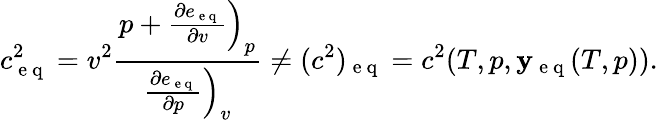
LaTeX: c_{\mathrm{~e~q~}}^{2}=v^{2}\frac{p+\left.\frac{\partial e_{\mathrm{~e~q~}}}{\partial v}\right)_{p}}{\left.\frac{\partial e_{\mathrm{~e~q~}}}{\partial p}\right)_{v}}\ne(c^{2})_{\mathrm{~e~q~}}=c^{2}(T,p,\mathbf{y_{\mathrm{~e~q~}}}(T,p)).